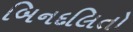
બિનદલિતો